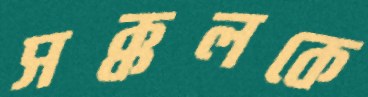
সক্কলকে